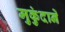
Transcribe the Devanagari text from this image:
मुकुंदानें